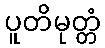
ပူတိမုတ္တံ